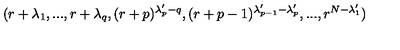
( r + \lambda _ { 1 } , . . . , r + \lambda _ { q } , ( r + p ) ^ { \lambda _ { p } ^ { \prime } - q } , ( r + p - 1 ) ^ { \lambda _ { p - 1 } ^ { \prime } - \lambda _ { p } ^ { \prime } } , . . . , r ^ { N - \lambda _ { 1 } ^ { \prime } } )